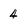
Character: 4